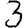
Digit: 3